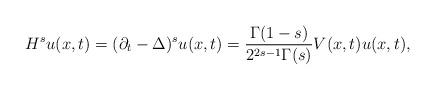
LaTeX: \begin{align*}H^s u(x,t) = (\partial_t - \Delta)^{s} u(x,t) = \frac{\Gamma(1-s)}{2^{2s-1} \Gamma(s)} V(x,t) u(x,t),\end{align*}